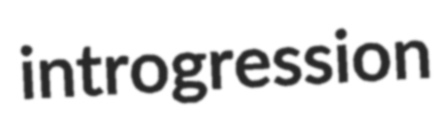
introgression